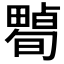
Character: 𤳠